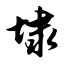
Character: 埭